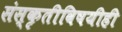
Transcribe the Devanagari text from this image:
संस्कृतीविषयीही